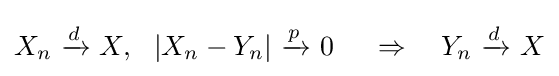
X_{n}\ {\xrightarrow {\overset {}{d}}}\ X,\ \ |X_{n}-Y_{n}|\ {\xrightarrow {\overset {}{p}}}\ 0\ \quad \Rightarrow \quad Y_{n}\ {\xrightarrow {\overset {}{d}}}\ X